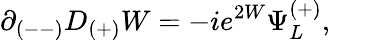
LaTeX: \partial_{(--)}D_{(+)}W=-ie^{2W}\Psi_{L}^{(+)},\qquad